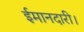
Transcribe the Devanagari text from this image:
ईमानदारी।